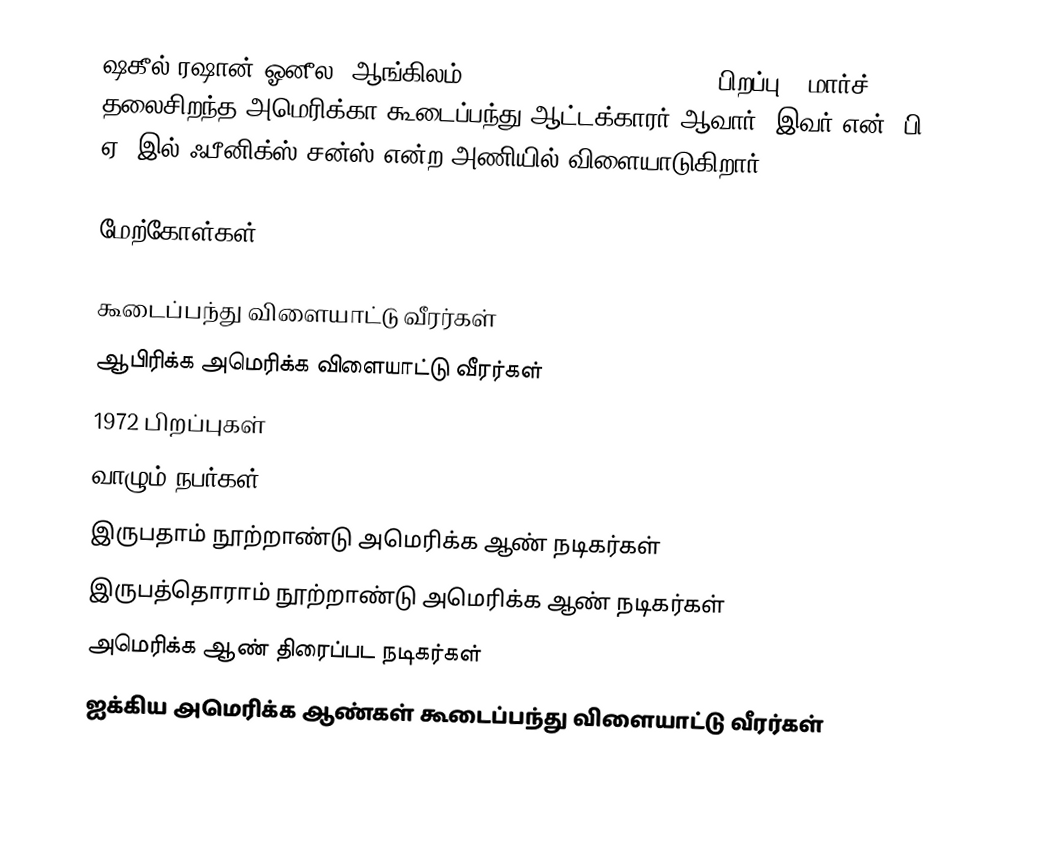
ஷகீல் ரஷான் ஓனீல (ஆங்கிலம்:Shaquille Rashaun O'Neal, பிறப்பு - மார்ச் 6, 1972) தலைசிறந்த அமெரிக்கா கூடைப்பந்து ஆட்டக்காரர் ஆவார். இவர் என். பி. ஏ.-இல் ஃபீனிக்ஸ் சன்ஸ் என்ற அணியில் விளையாடுகிறார்.

மேற்கோள்கள்

கூடைப்பந்து விளையாட்டு வீரர்கள்
ஆபிரிக்க அமெரிக்க விளையாட்டு வீரர்கள்
1972 பிறப்புகள்
வாழும் நபர்கள்
இருபதாம் நூற்றாண்டு அமெரிக்க ஆண் நடிகர்கள்
இருபத்தொராம் நூற்றாண்டு அமெரிக்க ஆண் நடிகர்கள்
அமெரிக்க ஆண் திரைப்பட நடிகர்கள்
ஐக்கிய அமெரிக்க ஆண்கள் கூடைப்பந்து விளையாட்டு வீரர்கள்